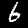
Digit: 6